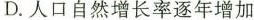
D.人口自然增长率逐年增加